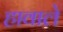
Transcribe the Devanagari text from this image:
हावाले